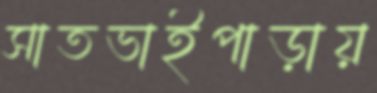
সাতভাইপাড়ায়